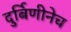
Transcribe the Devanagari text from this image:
दुर्बिणीनेच